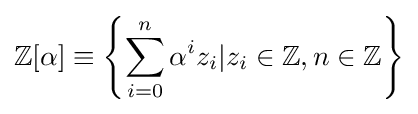
\mathbb {Z} [\alpha ]\equiv \left\{\sum _{i=0}^{n}\alpha ^{i}z_{i}|z_{i}\in \mathbb {Z} ,n\in \mathbb {Z} \right\}